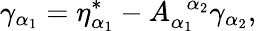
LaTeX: \gamma_{\alpha_{1}}=\eta_{\alpha_{1}}^{*}-A_{\alpha_{1}}^{\; \; \alpha_{2}}\gamma_{\alpha_{2}},